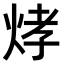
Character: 𤉗